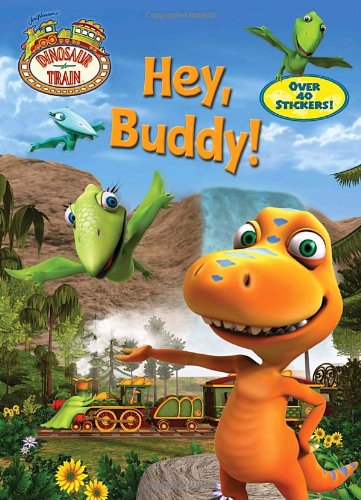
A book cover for Dinosaur Train: Hey, Buddy! (Super Coloring Book); Mona Miller; Children's Books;